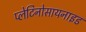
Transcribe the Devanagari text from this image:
प्लेटिनोसायनाइड